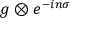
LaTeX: g \otimes e ^ { - i n \sigma }